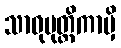
သာဓုမုတ္တိကာမှိ